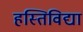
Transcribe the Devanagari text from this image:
हस्तिविद्या